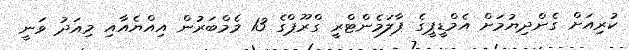
ކުރިއަށް ގެންދިޔުމަށް އެމްޑީޕީގެ ޕާލަމެންޓްރީ ގްރޫޕްގެ 13 މެމްބަރުން އިއްޔެއާއި މިއަދު ވަނީ